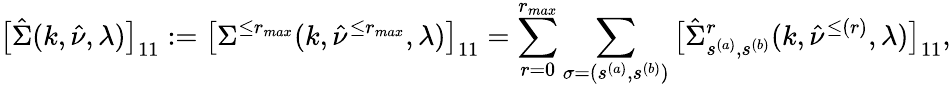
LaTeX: \big[\hat{\Sigma}(k,\hat{\nu},\lambda)\big]_{11}:=\big[\Sigma^{\le r_{max}}(k,\hat{\nu}^{\le r_{max}},\lambda)\big]_{11}=\sum_{r=0}^{r_{max}}\sum_{\sigma=(s^{(a)},s^{(b)})}\big[\hat{\Sigma}_{s^{(a)},s^{(b)}}^{r}(k,\hat{\nu}^{\le(r)},\lambda)\big]_{11},